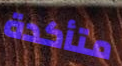
متأكدة